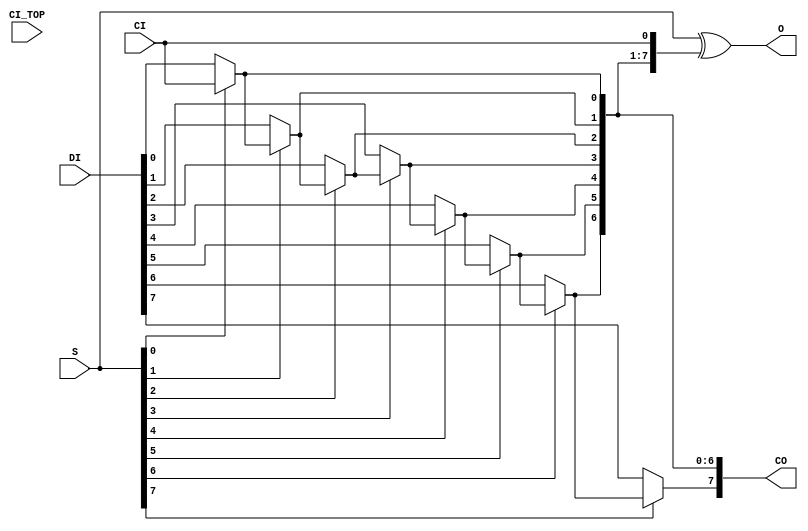
`ifdef verilator3
`else
`timescale 1 ps / 1 ps
`endif
//
// CARRY8 primitive for Xilinx FPGAs
// Compatible with Verilator tool (www.veripool.org)
// Copyright (c) 2019-2022 Frdric REQUIN
// License : BSD
//

/* verilator coverage_off */
module CARRY8
#(
    parameter CARRY_TYPE = "SINGLE_CY8" // "SINGLE_CY8", "DUAL_CY4"
)
(
    // Carry cascade input
    input  wire       CI,
    // Second carry input (in DUAL_CY4 mode)
    input  wire       CI_TOP,
    // Carry MUX data input
    input  wire [7:0] DI,
    // Carry MUX select line
    input  wire [7:0] S,
    // Carry out of each stage of the chain
    output wire [7:0] CO,
    // Carry chain XOR general data out
    output wire [7:0] O
);
    wire _w_CO0 = (S[0]) ?     CI : DI[0];
    wire _w_CO1 = (S[1]) ? _w_CO0 : DI[1];
    wire _w_CO2 = (S[2]) ? _w_CO1 : DI[2];
    wire _w_CO3 = (S[3]) ? _w_CO2 : DI[3];
    wire _w_CI  = (CARRY_TYPE == "DUAL_CY4") ? CI_TOP : _w_CO3;
    wire _w_CO4 = (S[4]) ?  _w_CI : DI[4];
    wire _w_CO5 = (S[5]) ? _w_CO4 : DI[5];
    wire _w_CO6 = (S[6]) ? _w_CO5 : DI[6];
    wire _w_CO7 = (S[7]) ? _w_CO6 : DI[7];

    assign CO   = { _w_CO7, _w_CO6, _w_CO5, _w_CO4, _w_CO3, _w_CO2, _w_CO1, _w_CO0 };
    
    assign O    =  S ^ { _w_CO6, _w_CO5, _w_CO4, _w_CI, _w_CO2, _w_CO1, _w_CO0, CI };

endmodule
/* verilator coverage_on */